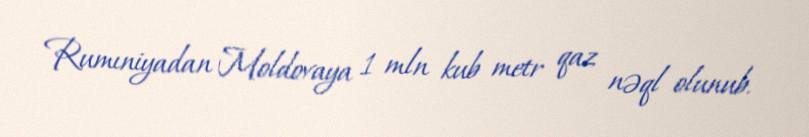
Rumıniyadan Moldovaya 1 mln kub metr qaz nəql olunub.